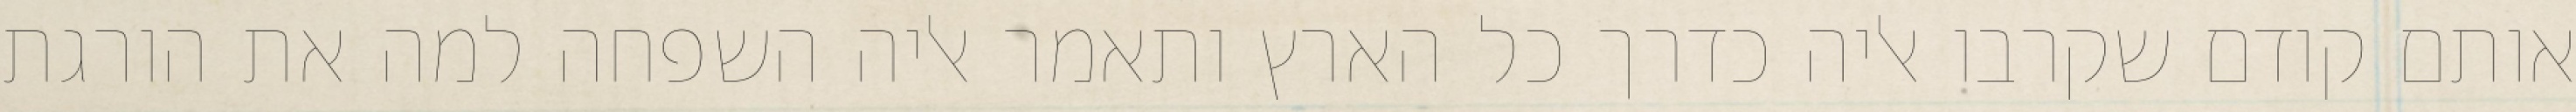
אותם קודם שקרבו אליה כדרך כל הארץ ותאמר אליה השפחה למה את הורגת